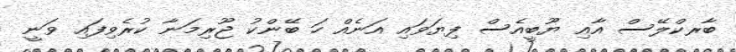
ބާރކްލޭސް އާއި ޔޫބީއެސް ފިޔަވައި އަނެއް ހަ ބޭންކު ޖޫރިމަނާ ކުރެވިފައި ވަނީ